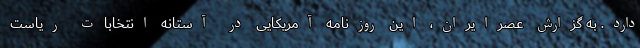
دارد. به گزارش عصرایران، این روزنامه آمریکایی در آستانه انتخابات ریاست